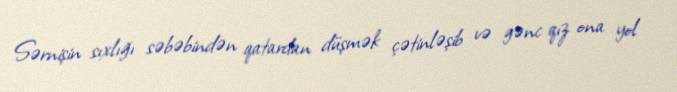
Sərnişin sıxlığı səbəbindən qatardan düşmək çətinləşib və gənc qız ona yol